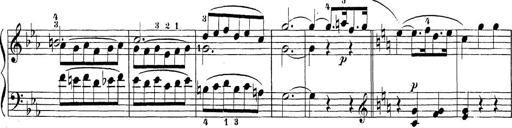
Title: Sonatina Album
Composer: Louis KÃ¶hler